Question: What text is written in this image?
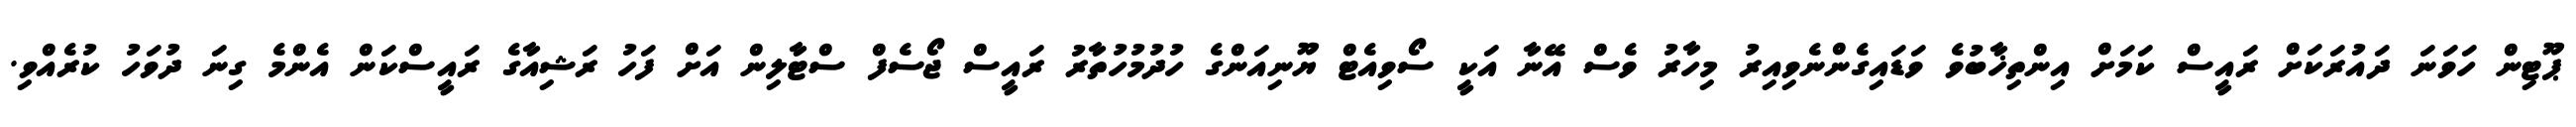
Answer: ޕޫޓިން ހަވަނަ ދައުރަކަށް ރައީސް ކަމަށް އިންތިޚާބުވެ ވަޑައިގެންނެވިއިރު މިހާރު ވެސް އޭނާ އަކީ ސޯވިއެޓް ޔޫނިއަންގެ ހުދުމުހުތާރު ރައީސް ޖޯސެފް ސްޓާލިން އަށް ފަހު ރަޝިއާގެ ރައީސްކަން އެންމެ ގިނަ ދުވަހު ކުރެއްވި.